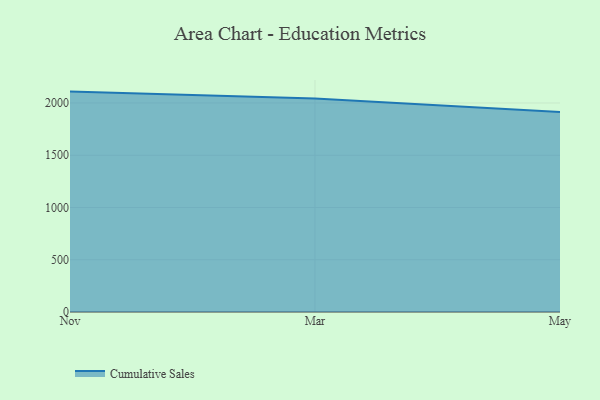
{"axis": {"x": "Month", "y": "Latency (ms)"}, "legend": ["Cumulative Sales"], "data": [{"x": "Nov", "y": 2109.2, "type": "Cumulative Sales"}, {"x": "Mar", "y": 2042.8, "type": "Cumulative Sales"}, {"x": "May", "y": 1913.7, "type": "Cumulative Sales"}]}